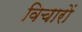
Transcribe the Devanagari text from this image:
विचाराें